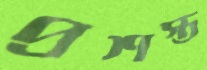
প্রশস্ত